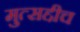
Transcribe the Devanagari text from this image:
मुत्सद्दीच